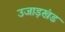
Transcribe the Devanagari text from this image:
उजाड़खंड